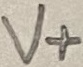
Text: V+